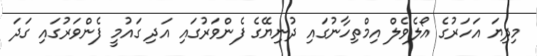
މިދިޔަ އަހަރުގެ އޯލެވެލް އިމްތިހާނުގައި ދުނިޔޭގެ ފެންވަރުގައި އަދި ގައުމީ ފެންވަރުގައި ގަދަ